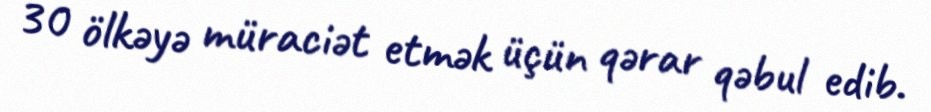
30 ölkəyə müraciət etmək üçün qərar qəbul edib.